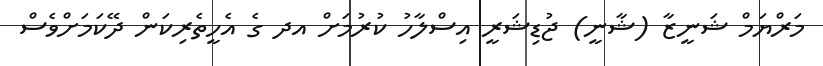
މަރްޔަމް ޝަނީޒާ (ޝާނީ) ޖުޑިޝަރީ އިސްލާހު ކުރުމަށް އދ ގެ އެހީތެރިކަން ދޭކަމަށްވެސް